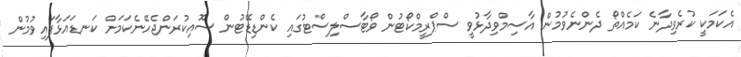
އެކަމަކީ ކުރެވިދާނެ ކަމެއްތޯ ދެންނެވުމުން އާސިމްވިދާޅުވީ ސްޕްރީމްކޯޓުން ވޯޓާސްލިސްޓުގައި ކެންޑިޑޭޓުން ސޮއިކުރަންޖެހޭނެކަމަށް ކަނޑައަޅާފައިވުމުން